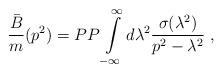
\begin{align*}{\bar B\over m}(p^2)=PP\int\limits^\infty_{-\infty}d\lambda^2{\sigma(\lambda^2)\over p^2-\lambda^2}\; ,\end{align*}